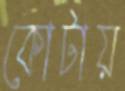
কোটায়